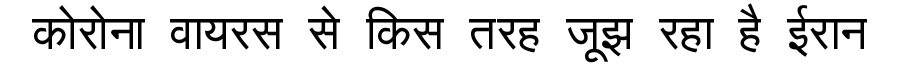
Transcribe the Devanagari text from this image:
कोरोना वायरस से किस तरह जूझ रहा है ईरान